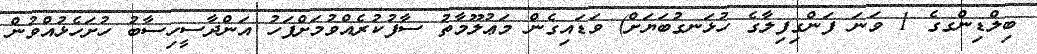
ބިލްޑިންގގެ 1 ވަނަ ފަންގިފިލާގެ ހުޅަނގުބަޔަށް) ވަޑައިގެން މަޢުލޫމާތު ސާފުކުރެއްވުމަށްފަހު އަންދާސީހިސާބު ހުށަހެޅުއްވުން